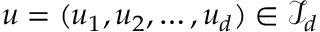
{ \boldsymbol { u } } = ( u _ { 1 } , u _ { 2 } , \ldots , u _ { d } ) \in { \mathcal { I } } _ { d }